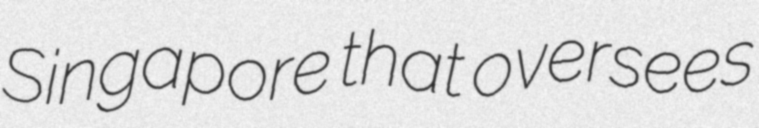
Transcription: Singapore that oversees